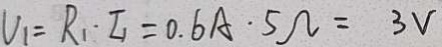
U _ { 1 } = R _ { 1 } \cdot I _ { 1 } = 0 . 6 A \cdot 5 \Omega = 3 V